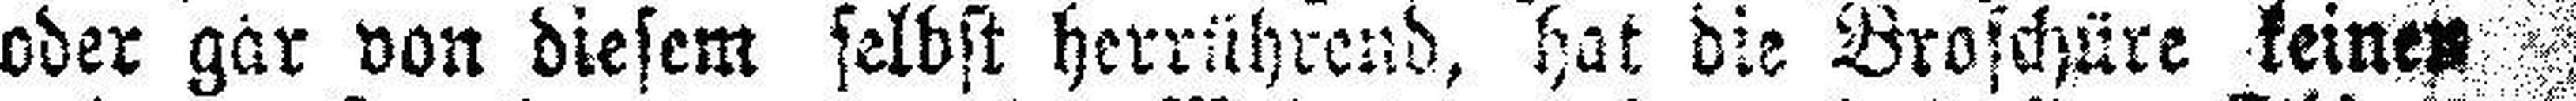
oder gar von diesem selbst herrührend, hat die Broschüre keinen